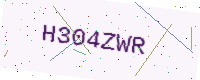
Text: H304ZWR